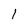
Character: 1